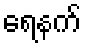
ရေနက်